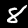
Label: 8